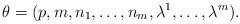
LaTeX: \begin{align*}\theta = (p,m,n_1,\ldots,n_m,\lambda^1,\ldots,\lambda^m).\end{align*}